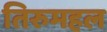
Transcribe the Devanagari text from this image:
तिरुमहल